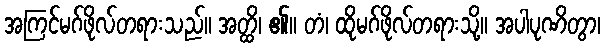
အကြင်မဂ်ဖိုလ်တရားသည်။ အတ္ထိ၊ ၏။ တံ၊ ထိုမဂ်ဖိုလ်တရားသို့။ အပါပုဏိတွာ၊